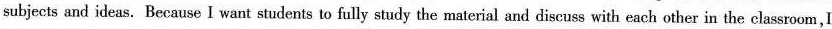
subjects and ideas.Because I want students to fully study the material and discuss with each other in the classroom,I